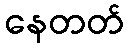
နေတတ်